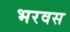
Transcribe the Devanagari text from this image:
भरवस